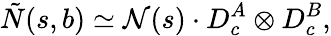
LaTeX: \tilde{N}(s,b)\simeq{\cal N}(s)\cdot D_{c}^{A}\otimes D_{c}^{B},